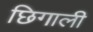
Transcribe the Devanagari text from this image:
छिगाली